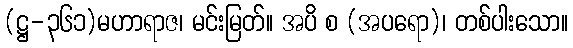
(ဋ္ဌ-၃၆၁)မဟာရာဇ၊ မင်းမြတ်။ အပိ စ (အပရော)၊ တစ်ပါးသော။